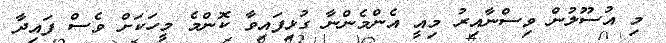
މި އުސޫލުން ވިސްނާއިރު މިއީ އެންމެންނާ ގުޅިފައިވާ ކޮންމެ މީހަކަށް ވެސް ފައިދާ